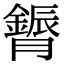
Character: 𮍈